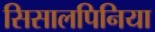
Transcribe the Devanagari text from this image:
सिसालपिनिया